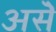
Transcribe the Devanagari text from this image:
असॆे